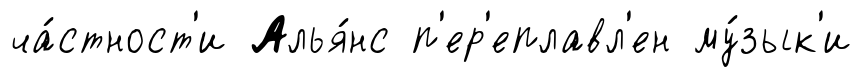
ча́стност'и Алья́нс п'ер'еплавл'ен му́зык'и